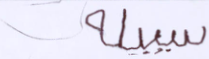
سبيله